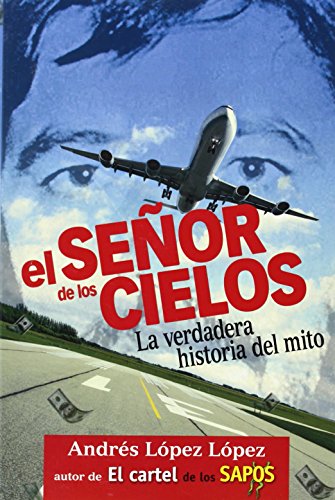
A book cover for El seÃ±or de los cielos (Spanish Edition); AndrÃ©s LÃ³pez LÃ³pez; Biographies & Memoirs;